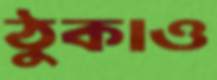
ঠুকাও